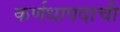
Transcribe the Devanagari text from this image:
कर्णधापदाची